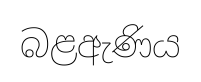
බළඇණිය